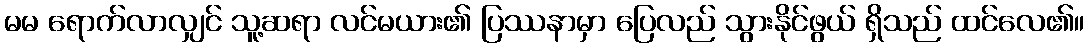
မမ ရောက်လာလျှင် သူ့ဆရာ လင်မယား၏ ပြဿနာမှာ ပြေလည် သွားနိုင်ဖွယ် ရှိသည် ထင်လေ၏။